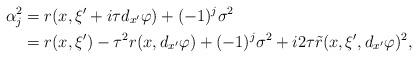
LaTeX: \begin{align*} \alpha_j^2 &= r(x,\xi'+i\tau d_{x'}\varphi) + (-1)^j \sigma^2\\ &= r(x,\xi') - \tau^2 r(x, d_{x'}\varphi) + (-1)^j \sigma^2 + i 2 \tau \tilde{r}(x,\xi',d_{x'}\varphi)^2,\end{align*}